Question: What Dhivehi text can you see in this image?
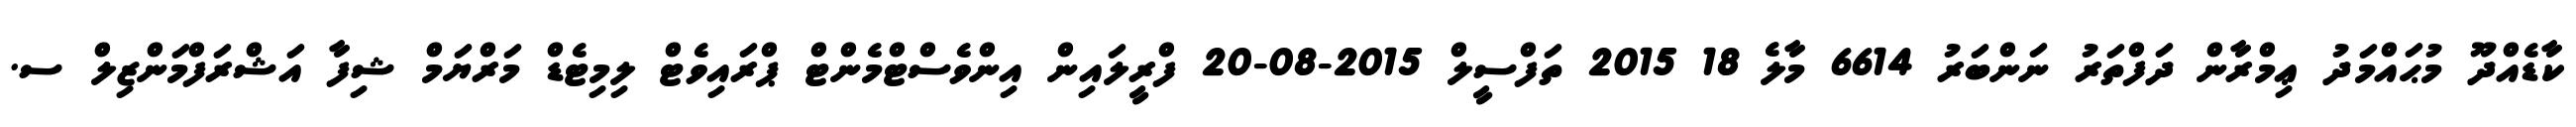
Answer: ކާޑެއްދޫ މުޙައްމަދު ޢިމްރާން ދަފްތަރު ނަންބަރު 6614 މާލެ 18 2015 ތަފްސީލް 2015-08-20 ފްރީލައިން އިންވެސްޓްމެންޓް ޕްރައިވެޓް ލިމިޓެޑް މަރްޔަމް ޝިފާ އަޝްރަފްމަންޒިލް ސ.